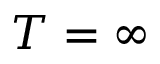
T = \infty